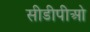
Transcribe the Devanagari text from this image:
सीडीपीओ